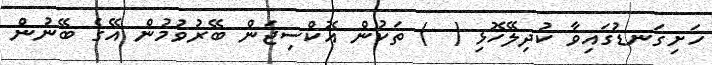
ހަށިގަނޑުގައިވާ ކުދިލޭހޮޅި (  ) ތަކުން އޮކްސިޖަން ބޭރުވުމުން އޭގެ ބޭނުން